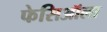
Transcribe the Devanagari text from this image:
फेसिऑला